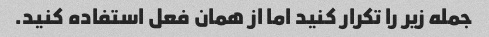
جمله زیر را تکرار کنید اما از همان فعل استفاده کنید.